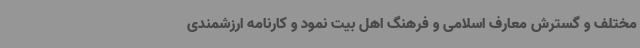
مختلف و گسترش معارف اسلامی و فرهنگ اهل بیت نمود و کارنامه ارزشمندی